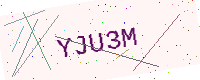
Text: YJU3M